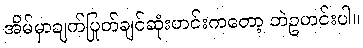
အိမ်မှာချက်ပြုတ်ချင်ဆုံးဟင်းကတော့ ဘဲဥဟင်းပါ။